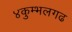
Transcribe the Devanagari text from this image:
४कुम्भलगढ